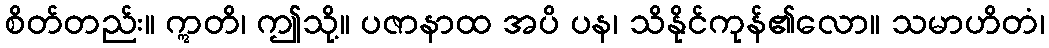
စိတ်တည်း။ ဣတိ၊ ဤသို့။ ပဇာနာထ အပိ ပန၊ သိနိုင်ကုန်၏လော။ သမာဟိတံ၊